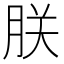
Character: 朕